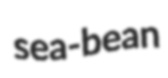
sea-bean